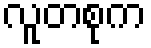
လူတစုက